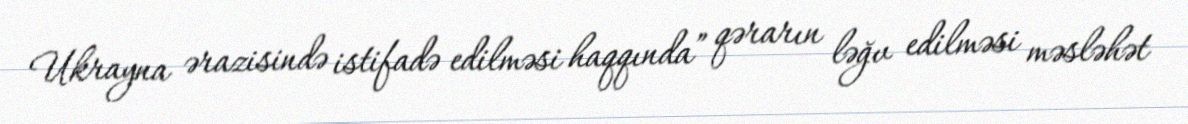
Ukrayna ərazisində istifadə edilməsi haqqında” qərarın ləğv edilməsi məsləhət